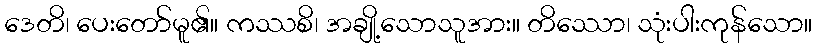
ဒေတိ၊ ပေးတော်မူ၏။ ကဿစိ၊ အချို့သောသူအား။ တိဿော၊ သုံးပါးကုန်သော။